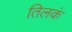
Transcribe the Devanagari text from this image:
तिलकं